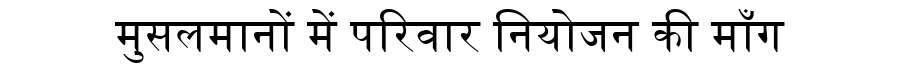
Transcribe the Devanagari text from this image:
मुसलमानों में परिवार नियोजन की माँग